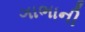
ગાભાની